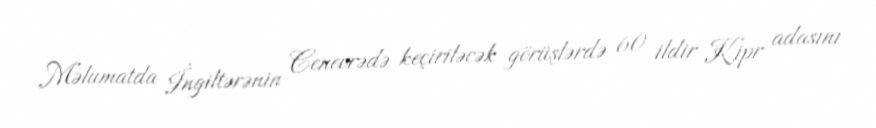
Məlumatda İngiltərənin Cenevrədə keçiriləcək görüşlərdə 60 ildir Kipr adasını